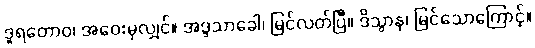
ဒူရတောဝ၊ အဝေးမှလျှင်။ အဒ္ဒသာခေါ၊ မြင်လတ်ပြီ။ ဒိသွာန၊ မြင်သောကြောင့်။